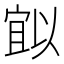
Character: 𭔈